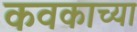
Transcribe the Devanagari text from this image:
कवकाच्या